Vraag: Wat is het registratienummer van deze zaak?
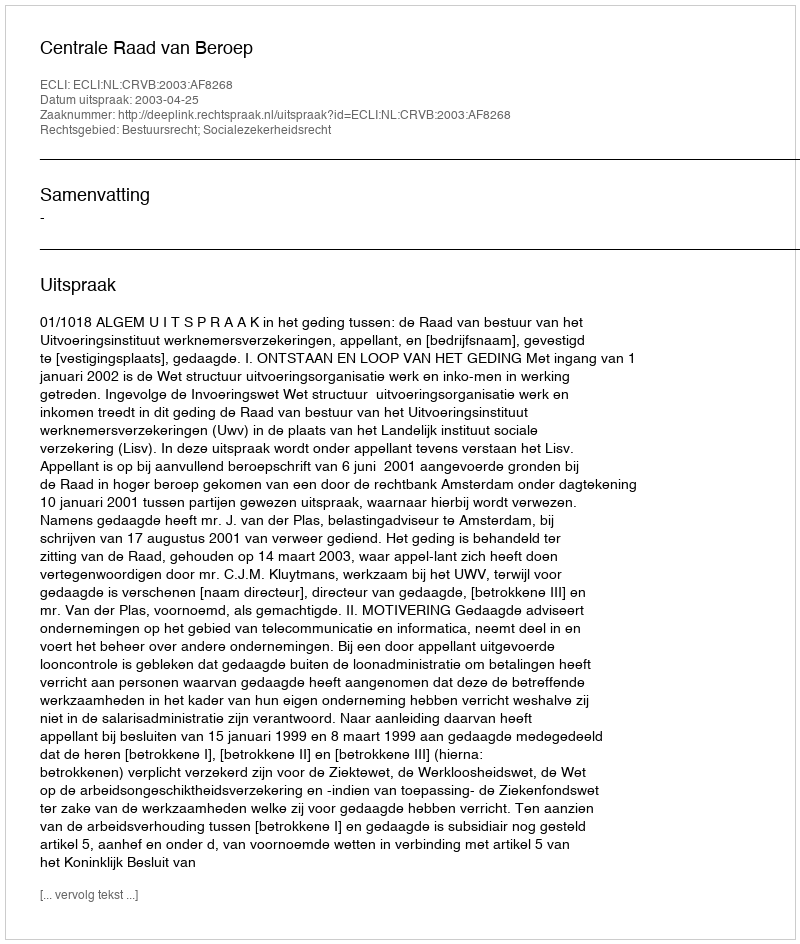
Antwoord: http://deeplink.rechtspraak.nl/uitspraak?id=ECLI:NL:CRVB:2003:AF8268